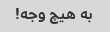
به هیچ وجه!